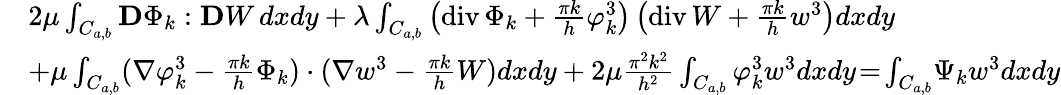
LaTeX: \begin{array}{rl}&{2\mu\int_{C_{a,b}}{\mathbf D}\Phi_{k}:{\mathbf D}W\, dxdy+\lambda\int_{C_{a,b}}\left(\mathrm{div}\, \Phi_{k}+\frac{\pi k}h\varphi_{k}^{3}\right)\left(\mathrm{div}\, W+\frac{\pi k}hw^{3}\right)dxdy}\\ &{+\mu\int_{C_{a,b}}(\nabla\varphi_{k}^{3}-\frac{\pi k}h\Phi_{k})\cdot(\nabla w^{3}-\frac{\pi k}hW)dxdy+2\mu\frac{\pi^{2}k^{2}}{h^{2}}\int_{C_{a,b}}\varphi_{k}^{3}w^{3}dxdy\! =\! \int_{C_{a,b}}\! \Psi_{k}w^{3}dxdy}\end{array}